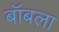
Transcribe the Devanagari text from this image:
बॉबला